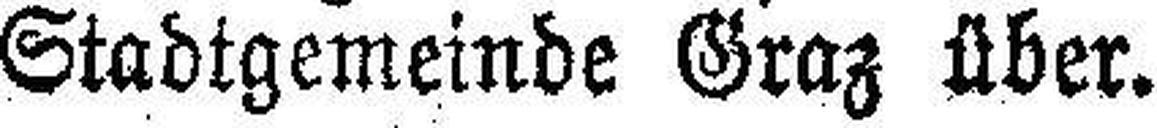
Stadtgemeinde Graz über.